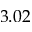
3 . 0 2